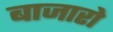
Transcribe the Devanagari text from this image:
बाजारो